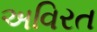
અવિરત